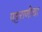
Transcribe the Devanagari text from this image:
पट्टराणीचा